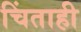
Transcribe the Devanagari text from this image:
चिंताही